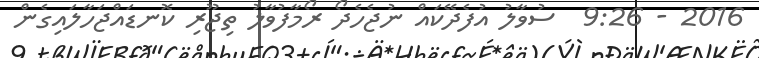
2016 - 9:26  ސުވާލު އުފެދޭކައް ނުޖެހެދޯ ރޯމާފުވާލު ތިޖޫރި ކޮނޑައްޖަހާލައިގެން